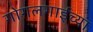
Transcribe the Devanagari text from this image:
गोगलगाईच्या